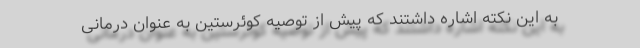
به این نکته اشاره داشتند که پیش از توصیه کوئرستین به عنوان درمانی